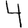
Digit: 4